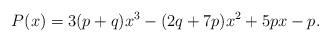
LaTeX: \begin{align*}P(x)=3(p+q)x^3-(2q+7p)x^2+5px-p.\end{align*}